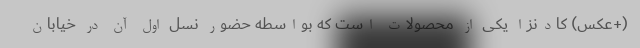
(+عکس) کادنزا یکی از محصولات است که بواسطه حضور نسل اول آن در خیابان